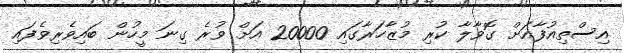
އިސްތިއުފާއަށް ގޮވާލާ ކުރި މުޒާހަރާގައި 20000 އަށް ވުރެ ގިނަ މީހުން ބައިވެރިވެފައި